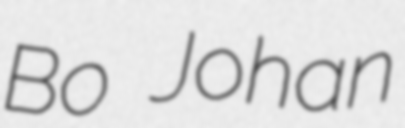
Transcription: Bo Johan